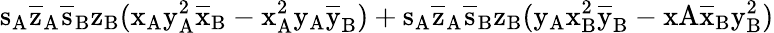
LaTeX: \mathrm{s_{A}\mathrm{\overline{{z}}_{A}\mathrm{\overline{{s}}_{B}\mathrm{z_{B}(\mathrm{x_{A}\mathrm{y_{A}^{2}\mathrm{\overline{{x}}_{B}-\mathrm{x_{A}^{2}\mathrm{y_{A}\mathrm{\overline{{y}}_{B})+\mathrm{s_{A}\mathrm{\overline{{z}}_{A}\mathrm{\overline{{s}}_{B}\mathrm{z_{B}(\mathrm{y_{A}\mathrm{x_{B}^{2}\mathrm{\overline{{y}}_{B}-xA\mathrm{\overline{{x}}_{B}\mathrm{y_{B}^{2})}}}}}}}}}}}}}}}}}}}